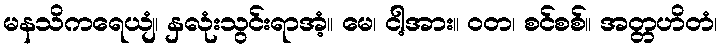
မနသိကရေယျံ၊ နှလုံးသွင်းရာအံ့။ မေ၊ ငါ့အား။ ဝတ၊ စင်စစ်။ အတ္တဟိတံ၊